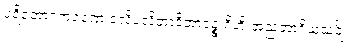
ပရိဘောဂကရဏေ ဝလိပလိတာဒိဘာဝဉ္စ ဂိဟိ အညဘာဂိယသင်္ချံ